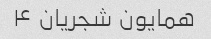
همایون شجریان ۴